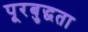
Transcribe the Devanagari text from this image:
पूरबुद्धता